Annual report of the Central Committee of the Association together with the report of the directors of the Pasteur Institute at Kasauli
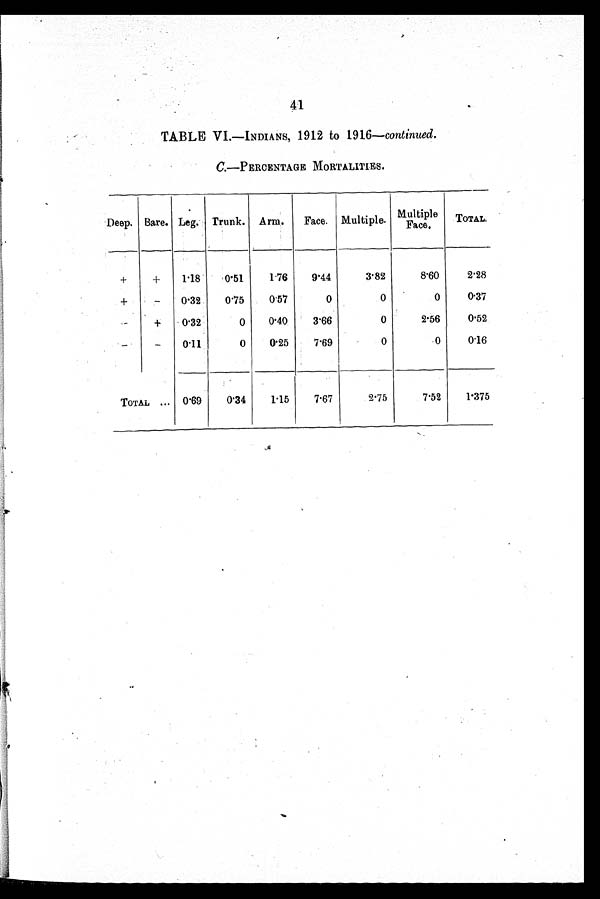
41
TABLE VI.—INDIANS, 1912 to 1916—continued.
C.—PERCENTAGE MORTALITIES.
Deep' Bare. Leg. Trunk. Arm.
Face. Multiple'
Multiple
F a c e .
TOTAL,
+
+
1'18
'0. 51
1 . 7 6
9'44
3 . 8 2
8'60
2 . 2 8
+
—
0.32
0'75
0'57
0
0
0
0'37
+
0' 32
0
0.40
3 . 6 6
0
2 . 5 6
0'52
—
—
0'11
0
0 . 2 5
7'69
0
0
0'16
TOTAL
.''
0'69
0'34
1 . 1 5
7 . 6 7
2 . 7 5
7'52
P375